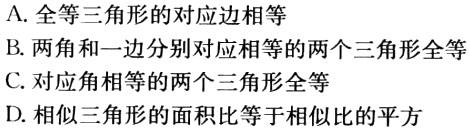
A. 全等三角形的对应边相等
B. 两角和一边分别对应相等的两个三角形全等
C. 对应角相等的两个三角形全等
D. 相似三角形的面积比等于相似比的平方